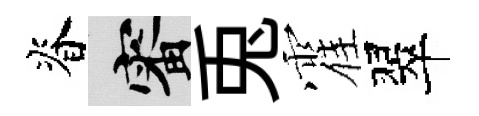
脊審兎霍翠